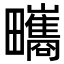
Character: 㽯